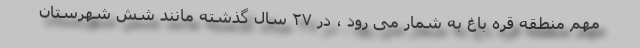
مهم منطقه قره باغ به شمار می رود ، در ۲۷ سال گذشته مانند شش شهرستان